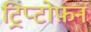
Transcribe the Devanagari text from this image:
ट्रिप्टोफ़न